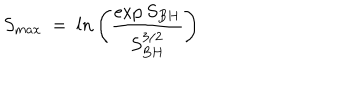
S _ { m a x } ~ = ~ l n \left( { \frac { \exp { S _ { B H } } } { S _ { B H } ^ { 3 / 2 } } } \right) ~